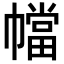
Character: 𫷑